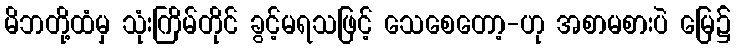
မိဘတို့ထံမှ သုံးကြိမ်တိုင် ခွင့်မရသဖြင့် သေစေတော့-ဟု အစာမစားပဲ မြေ၌